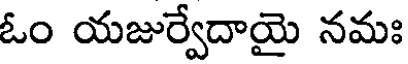
ఓం యజుర్వేదాయై నమః